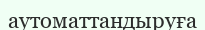
аутоматтандыруға